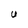
Character: U